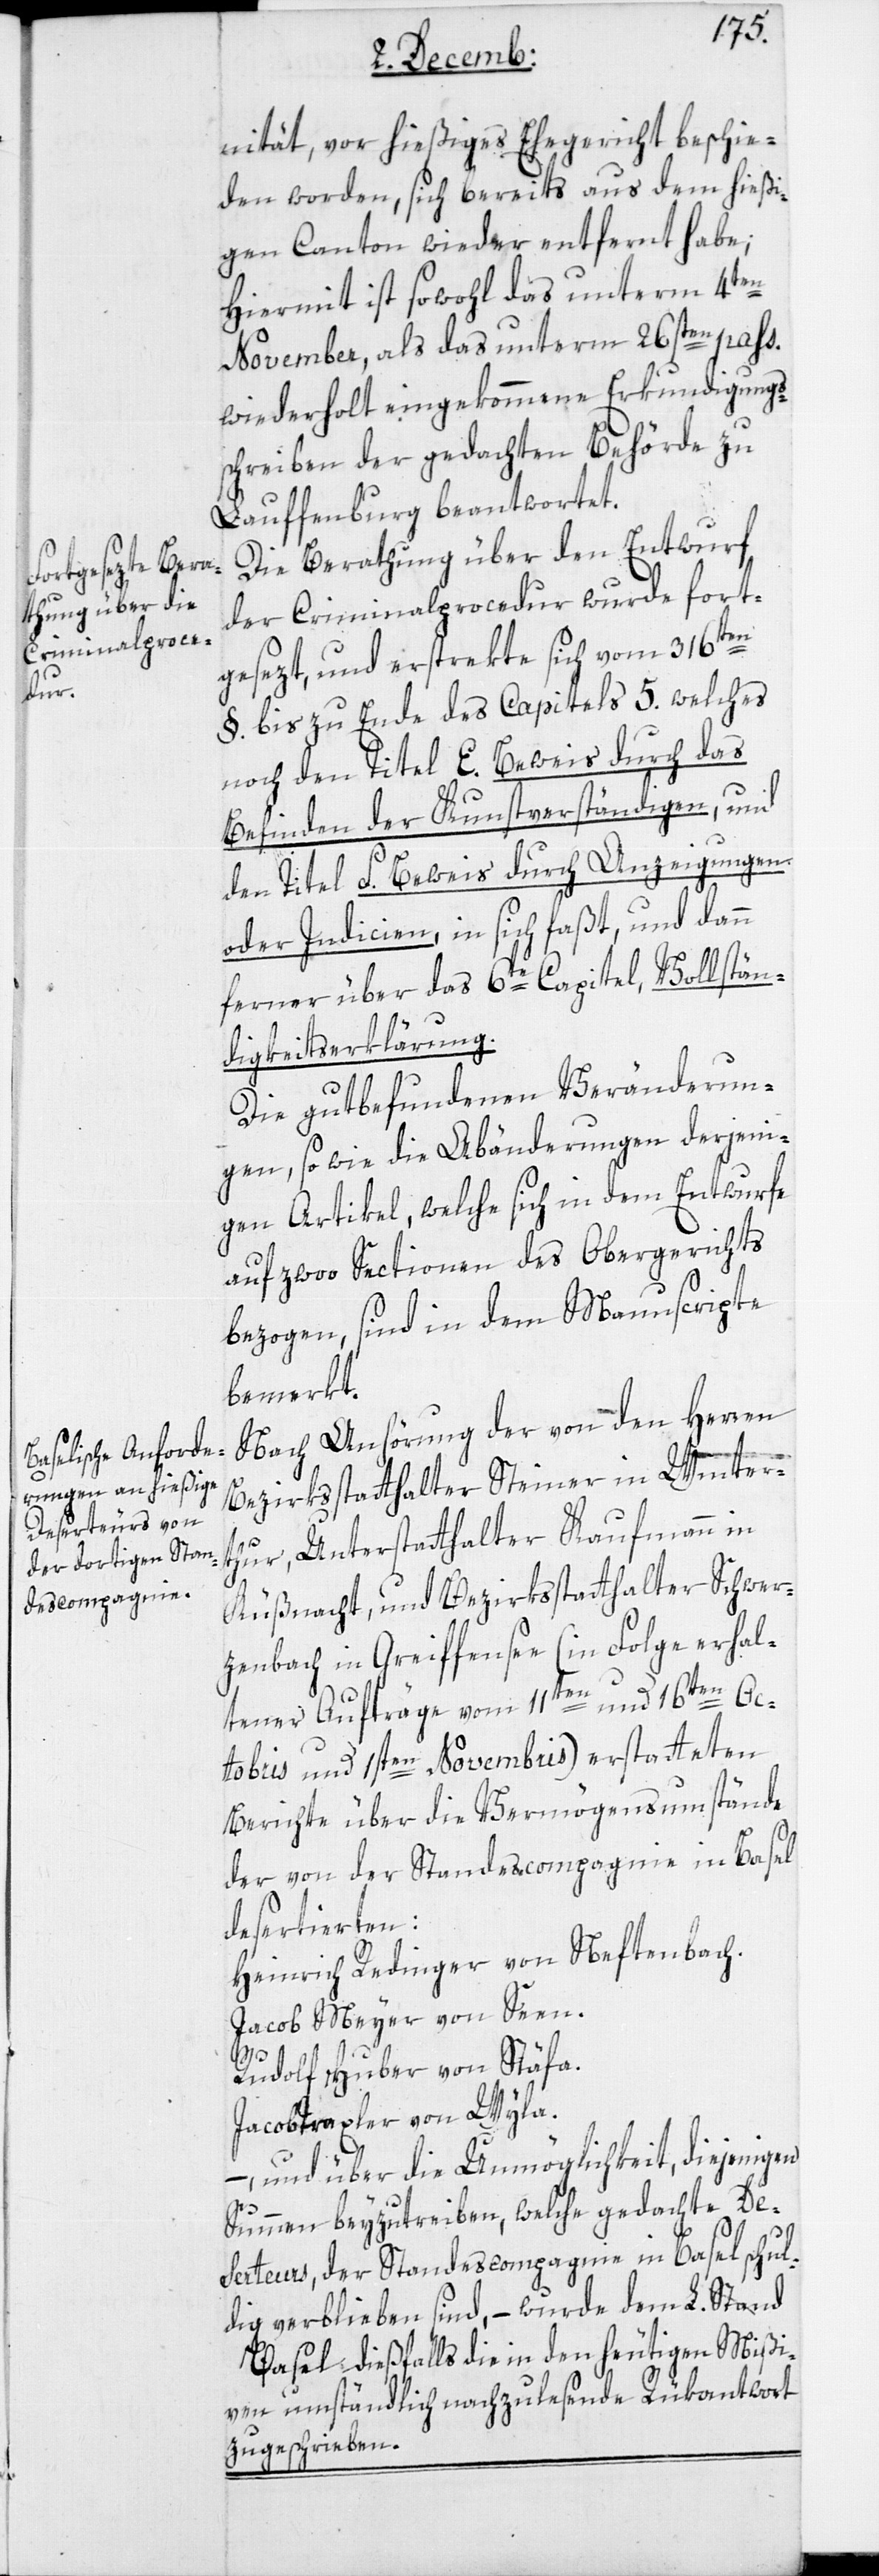
nität, vor hießiges Ehegericht beschie¬
den worden, sich bereits aus dem hießi¬
gen Canton wieder entfernt habe;
Hiermit ist sowohl das unterm 4ten
November, als das unterm 26sten pass.
wiederholt eingekommene Erkundigungs¬
schreiben der gedachten Behörde zu
Lauffenburg beantwortet.
Die Berathung über den Entwurf
der Criminalprocedur wurde fort¬
gesezt, und erstrekte sich vom 316ten
§. bis zu Ende des Capitels 5. welches
noch den Titel E. Beweis durch das
Befinden der Kunstverständigen, und
den Titel F. Beweis durch Anzeigungen
oder Indicien, in sich faßt, und dann
ferner über das 6te Capitel, Vollstän¬
digkeitserklärung.
Die gutbefundenen Veränderun¬
gen, so wie die Abänderungen derjeni¬
gen Artikel, welche sich in dem Entwurfe
auf zwoo Sectionen des Obergerichts
bezogen, sind in dem Manuscripte
bemerkt.
Nach Anhörung der von den Herren
Bezirksstatthalter Steiner in Winter¬
thur, Unterstatthalter Kaufmann in
Küßnacht, und Bezirksstatthalter Schwer¬
zenbach in Greiffensee (in Folge erhal¬
tener Aufträge vom 11ten und 16ten Oc¬
tobris und 1sten Novembris) erstatteten
Berichte über die Vermögensumstände
der von der Standescompagnie in Basel
desertierten:
Heinrich Redinger von Neftenbach.
Jacob Meyer von Seen.
Rudolf Huber von Stäfa.
Jacob Traxler von Wyla.
– und über die Unmöglichkeit, diejenigen
Summen beyzutreiben, welche gedachte Des¬
erteurs, der Standescompagnie in Basel schul¬
dig verblieben sind, – wurde dem L. Stand
Basel dießfalls die in den heutigen Mißi¬
ven umständlich nachzulesende Rükantwort
zugeschrieben.